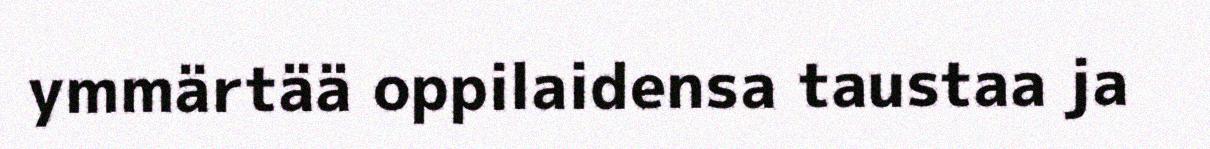
ymmärtää oppilaidensa taustaa ja